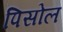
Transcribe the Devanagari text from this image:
पिसोल